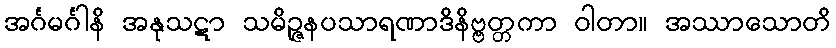
အင်္ဂမင်္ဂါနိ အနုသဋာ သမိဉ္ဇနပသာရဏာဒိနိဗ္ဗတ္တကာ ဝါတာ။ အဿာသောတိ